Report of the Hyderabad Chloroform Commission
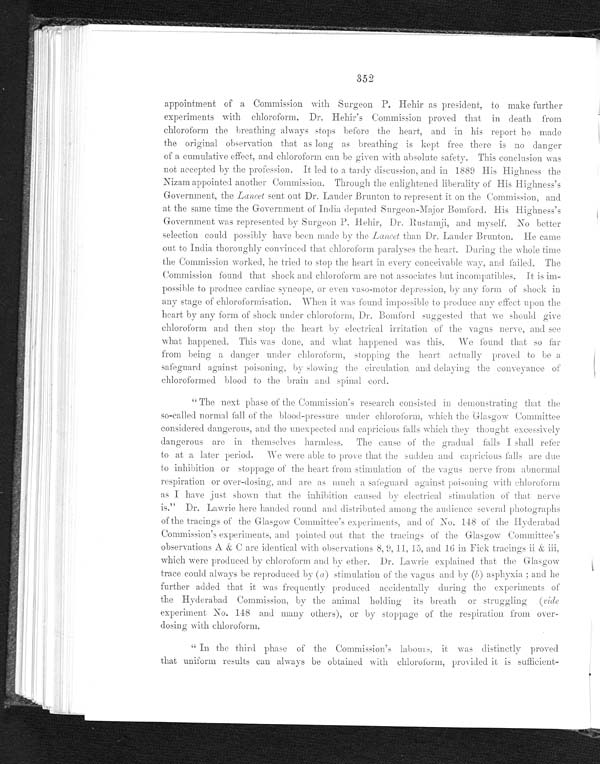
352
appointment of a Commission with Surgeon P. Hehir as president, to make further
experiments with chloroform. Dr. Hehir's Commission proved that in death from
chloroform the breathing always stops before the heart, and in his report he made
the original observation that as long as breathing is kept free there is no danger
of a cumulative effect, and chloroform can be given with absolute safety. This conclusion was
not accepted by the profession. It led to a tardy discussion, and in 1889 His Highness the
Nizam appointed another Commission. Through the enlightened liberality of His Highness's
Government, the Lancet sent out Dr. Lauder Brunton to represent it on the Commission, and
at the same time the Government of India deputed. Surgeon- Major Bomford. His Highness' s
Government was represented by Surgeon P. Hehir, Dr. Rustamji, and myself. No better
selection could possibly have been made by the Lancet than Dr. Lauder Brunton. He came
out to India thoroughly convinced that chloroform paralyses the heart. During the whole time
the Commission worked, he tried to stop the heart in every conceivable Way, and failed. The
Commission found that shock and chloroform are not associates but incompatibles. It is
impossible to produce cardiac syncope, or even vaso-motor depression, by any form of shock in
any stage of chloroformisation. When it was found impossible to produce any effect upon the
heart by any
of shock under chloroform. Dr. Bomford suggested that we should give
chloroform and then stop the heart by electrical irritation of the vagus nerve, and see
what happened. This was done, and what happened was this. We found that so far
from being a danger under chloroform, stopping the heart actually proved to be a
safeguard against poisoning by slowing the circulation and delaying the conveyance of
chloroformed blood to the brain and spinal cord.
" The next phase of the Commission's research consisted in demonstrating that the
so-called normal fall of the blood-pressure under chloroform, which the Glasgow Committee
considered dangerous, and the unexpected and capricious falls which they thought excessively
dangerous are in themselves harmless. The cause of the gradual falls I shall refer
to at a later period. We were able to prove that the sudden and capricious falls are
due to inhibition or stoppage of the heart from stimulation of the vagus nerve from abnormal
respiration or over-dosing, and are as much a safeguard against poisoning with chloroform
as I have just shown that the inhibition caused by electrical stimulation of that nerve
is." Dr. Lawrie here handed round and distributed among the audience several
photographs of the tracings of the Glasgow Committee's experiments, and of No. 148 of the Hyderabad
Commission's experiments, and pointed out that the tracings of the
Glasgow Committee's observations A & c are identical with observations 8, 9, 11, 15, and 16 in Fick tracing ii & iii,
which were produced by chloroform and by ether. Dr. Lawrie explained that the
Glasgow trace could always be reproduced by (a)stimulation of the vagus and (b) asphyxia ; and he
further added that it was frequently produced accidentally during the experiments of
the Hyderabad Commission, by the animal holding its breath or struggling (vide
experiment No. 148 and many others), or by stoppage of the respiration from over
dosing with chloroform
.
"In the third phase of the Commission's labours, it was distinctly proved
that uniform results can always be obtained with chloroform, provided it is sufficient-